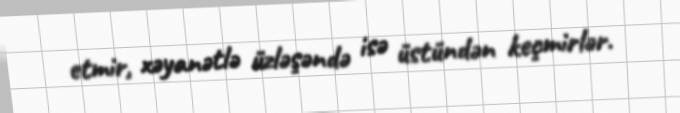
etmir, xəyanətlə üzləşəndə isə üstündən keçmirlər.